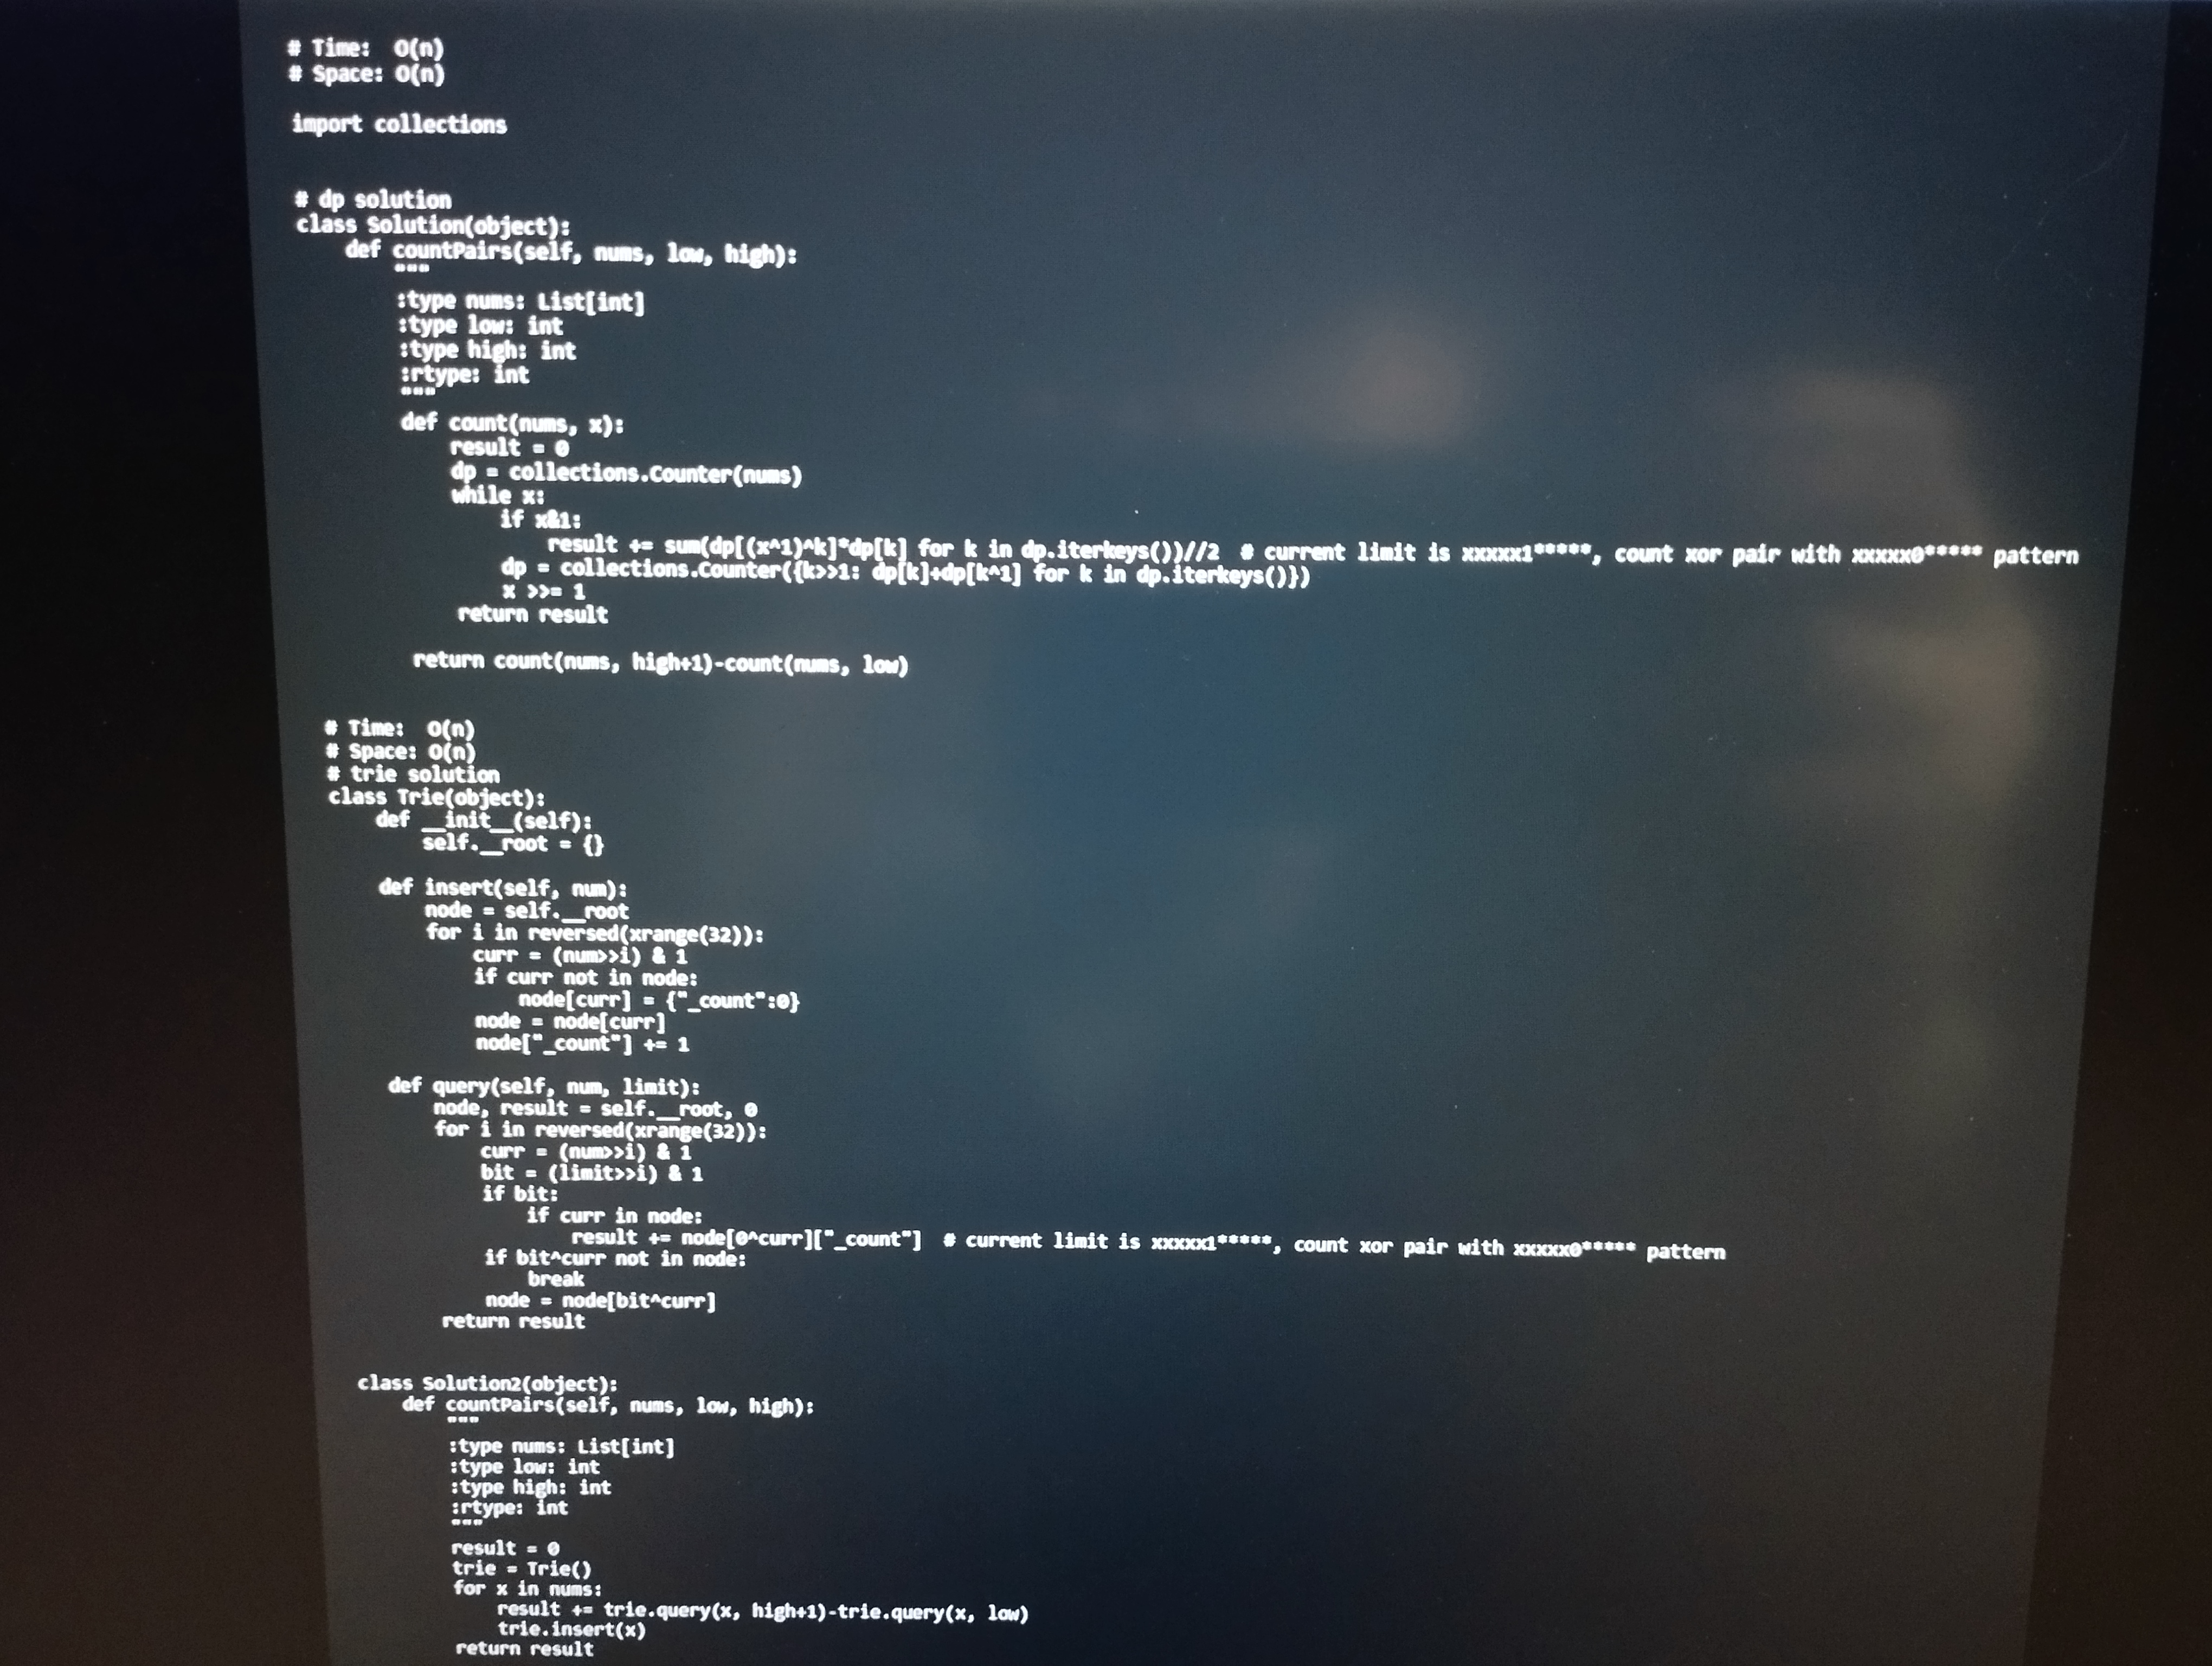
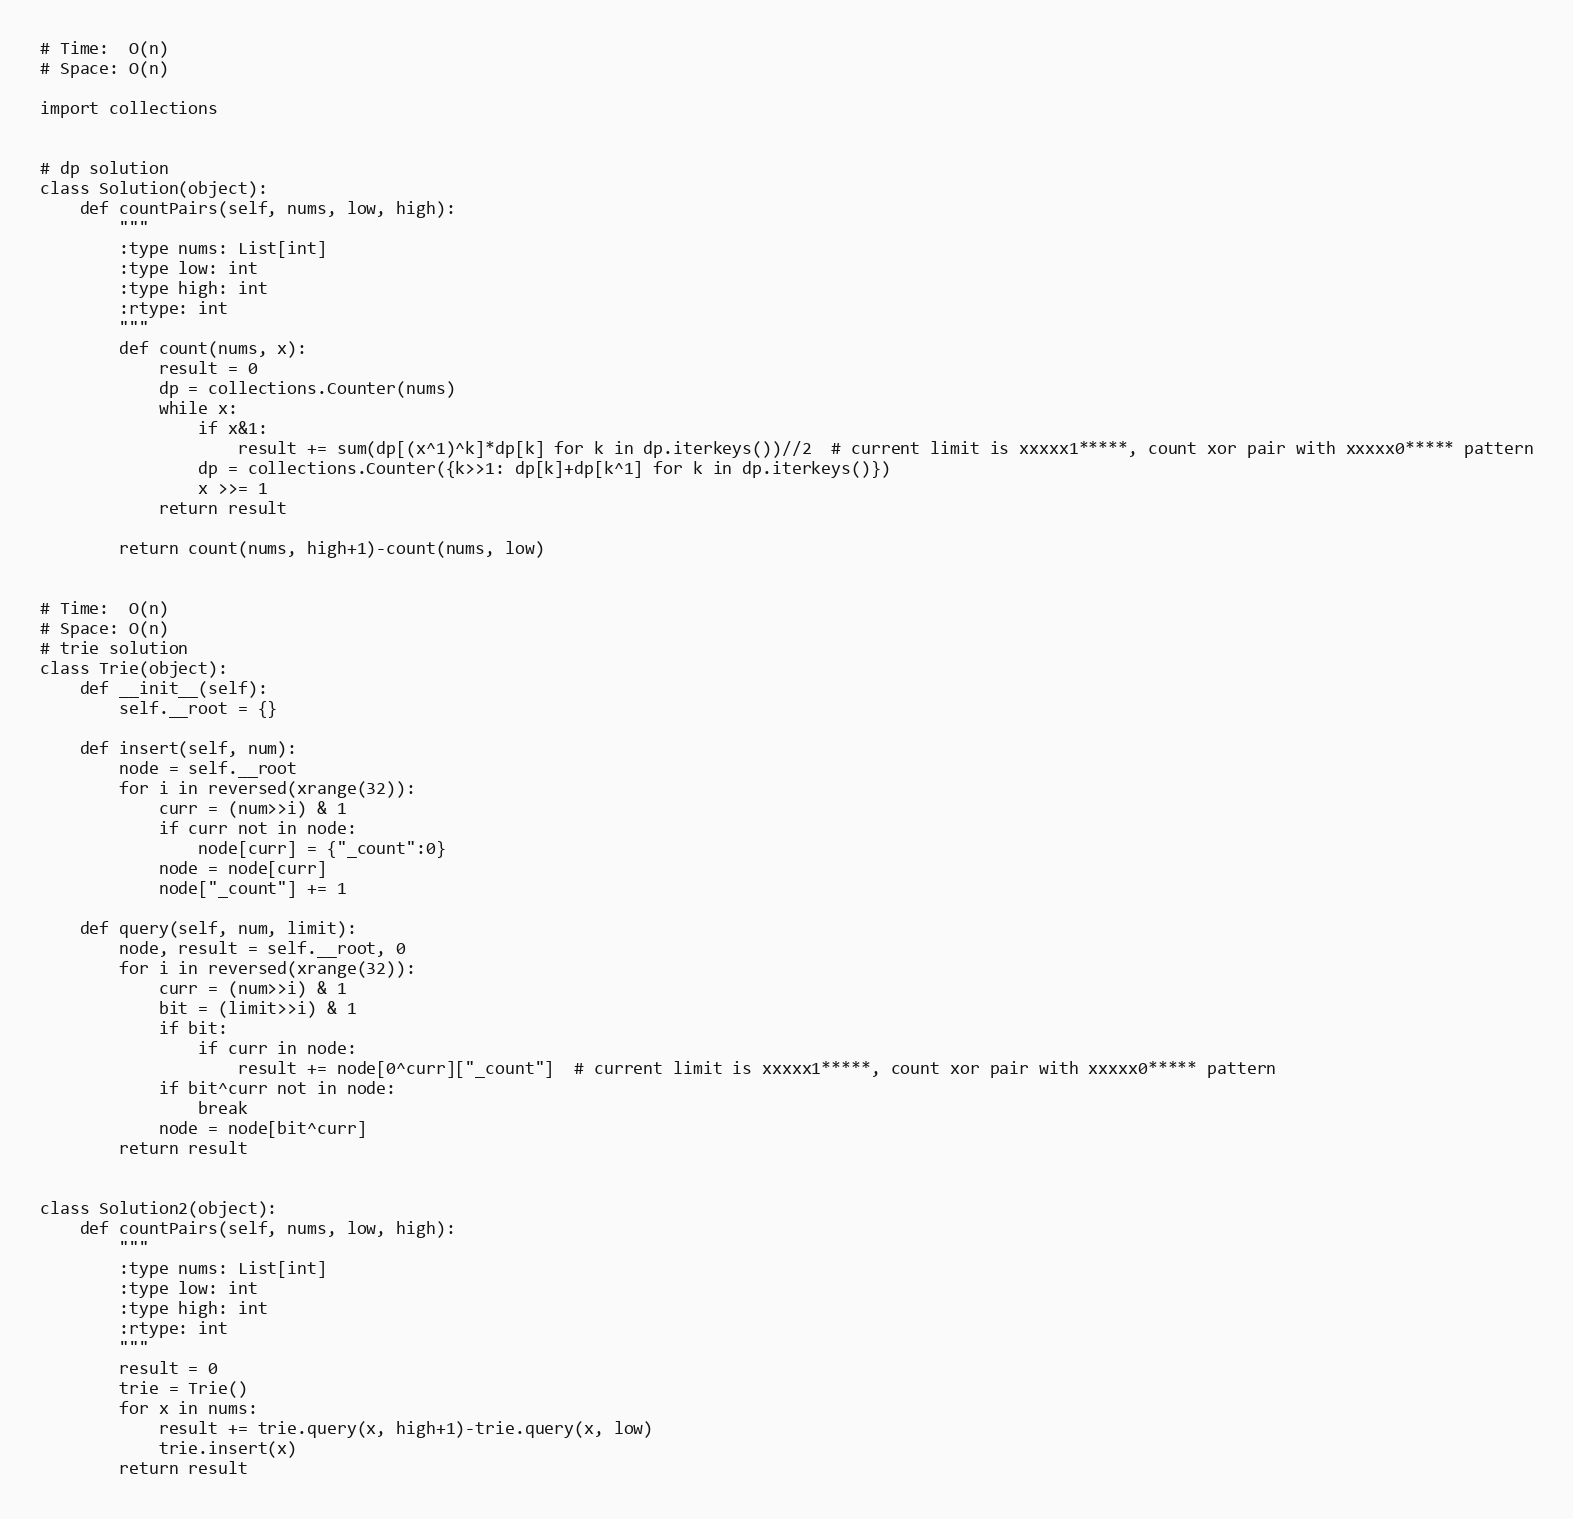
# Time:  O(n)
# Space: O(n)

import collections

# dp solution
class Solution(object):
    def countPairs(self, nums, low, high):
        """
        :type nums: List[int]
        :type low: int
        :type high: int
        :rtype: int
        """
        def count(nums, x):
            result = 0
            dp = collections.Counter(nums)
            while x:
                if x&1:
                    result += sum(dp[(x^1)^k]*dp[k] for k in dp.iterkeys())//2  # current limit is xxxxx1*****, count xor pair with xxxxx0***** pattern
                dp = collections.Counter({k>>1: dp[k]+dp[k^1] for k in dp.iterkeys()})
                x >>= 1
            return result

        return count(nums, high+1)-count(nums, low)

# Time:  O(n)
# Space: O(n)
# trie solution
class Trie(object):
    def __init__(self):
        self.__root = {}

    def insert(self, num):
        node = self.__root
        for i in reversed(xrange(32)):
            curr = (num>>i) & 1
            if curr not in node:
                node[curr] = {"_count":0}
            node = node[curr]
            node["_count"] += 1

    def query(self, num, limit):
        node, result = self.__root, 0
        for i in reversed(xrange(32)):
            curr = (num>>i) & 1
            bit = (limit>>i) & 1
            if bit:
                if curr in node:
                    result += node[0^curr]["_count"]  # current limit is xxxxx1*****, count xor pair with xxxxx0***** pattern
            if bit^curr not in node:
                break
            node = node[bit^curr]
        return result

class Solution2(object):
    def countPairs(self, nums, low, high):
        """
        :type nums: List[int]
        :type low: int
        :type high: int
        :rtype: int
        """
        result = 0
        trie = Trie()
        for x in nums:
            result += trie.query(x, high+1)-trie.query(x, low)
            trie.insert(x)
        return result